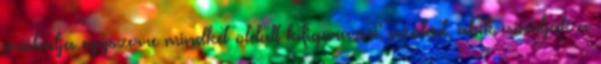
próbálja egyszerre mindkét oldalt kifigurázni: azokat, akik csinálják a